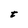
Character: t